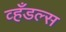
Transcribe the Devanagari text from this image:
व्हँडल्स